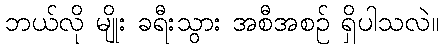
ဘယ်လို မျိုး ခရီးသွား အစီအစဉ် ရှိပါသလဲ။